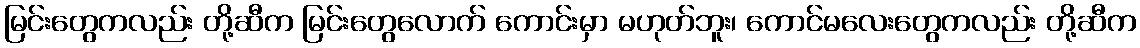
မြင်းတွေကလည်း တို့ဆီက မြင်းတွေလောက် ကောင်းမှာ မဟုတ်ဘူး၊ ကောင်မလေးတွေကလည်း တို့ဆီက